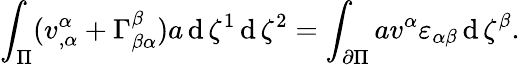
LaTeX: \int_{\Pi}(v_{,\alpha}^{\alpha}+\Gamma_{\beta\alpha}^{\beta})a\operatorname{d}\zeta^{1}\operatorname{d}\zeta^{2}=\int_{\partial\Pi}av^{\alpha}\varepsilon_{\alpha\beta}\operatorname{d}\zeta^{\beta}.